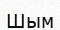
Шым